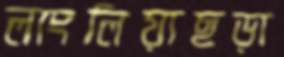
লাংলিয়াছড়া